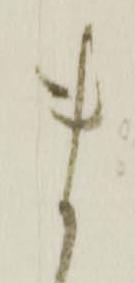
ま